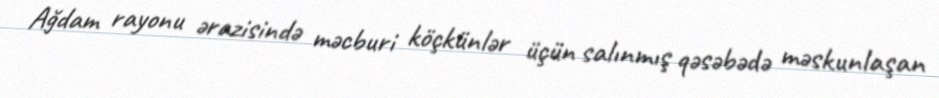
Ağdam rayonu ərazisində məcburi köçkünlər üçün salınmış qəsəbədə məskunlaşan